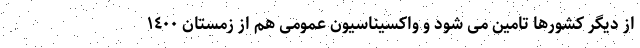
از دیگر کشورها تامین می شود و واکسیناسیون عمومی هم از زمستان ١٤٠٠